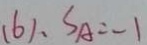
( 6 ) 、 S _ { A } = - 1